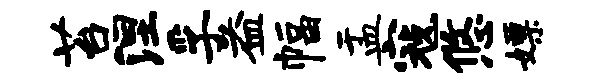
苔涅孚益幅盂寇悠嫖